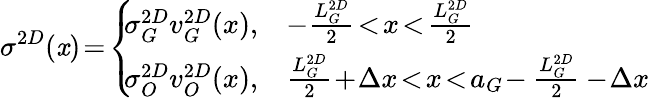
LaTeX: \sigma^{2D}(\mathit{x})\! =\! \left\{ \! \! \begin{array}{ll}{\sigma_{G}^{2D}v_{G}^{2D}(x),}&{-\frac{L_{G}^{2D}}{2}\! <\! x\! <\! \frac{L_{G}^{2D}}{2}}\\ {\sigma_{O}^{2D}v_{O}^{2D}(x),}&{\frac{L_{G}^{2D}}{2}\! +\! \Delta x\! <\! x\! <\! a_{G}\! -\frac{L_{G}^{2D}}{2}-\! \Delta x}\end{array}\right.